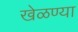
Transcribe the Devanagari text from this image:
खेळण्या